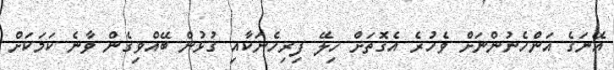
އޭނަގެ އަންހެނުންނަށް ވެހުރެ އެގޮތަށް ހިލޭ ފިރިހެނަކާއި ގުޅުން ބޭއްވިގެން ވާނެ ކަމަކަށް